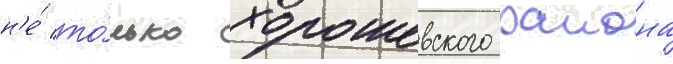
н'е́ то́лько хорошевского раиона